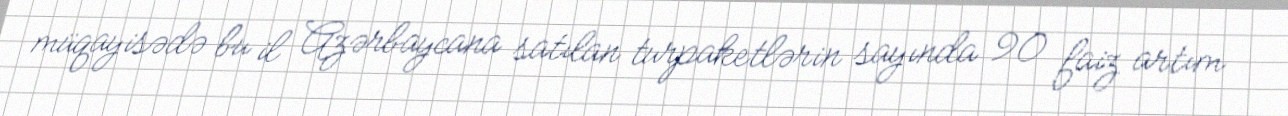
müqayisədə bu il Azərbaycana satılan turpaketlərin sayında 90 faiz artım